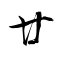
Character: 廿